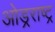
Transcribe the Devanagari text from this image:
ओड्रराष्ट्र